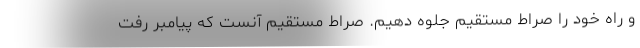
و راه خود را صراط مستقیم جلوه دهیم. صراط مستقیم آنست که پیامبر رفت